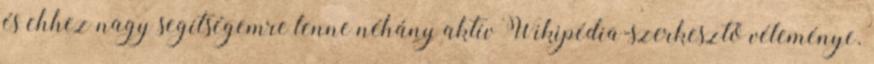
és ehhez nagy segítségemre lenne néhány aktív Wikipédia-szerkesztő véleménye.